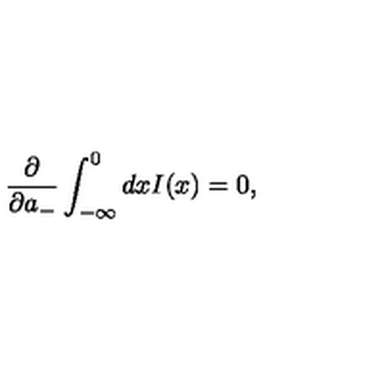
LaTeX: \frac { \partial } { \partial a _ { - } } \int _ { - \infty } ^ { 0 } d x I ( x ) = 0 ,